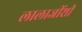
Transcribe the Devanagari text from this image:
लालाजींशी